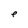
Character: e